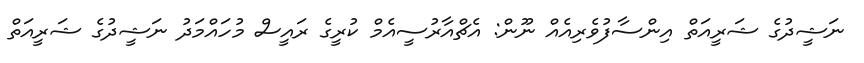
ނަޝީދުގެ ޝަރީއަތް އިންސާފުވެރިއެއް ނޫން: އެޗްއާރުސީއެމް ކުރީގެ ރައީސް މުހައްމަދު ނަޝީދުގެ ޝަރީއަތް